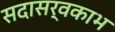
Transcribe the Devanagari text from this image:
सदासर्वकाभ